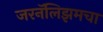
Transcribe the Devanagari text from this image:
जरनॅलिझमचा